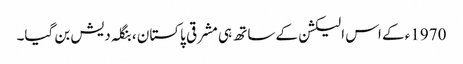
1970ء کے اس الیکشن کے ساتھ ہی مشرقی پاکستان ، بنگلہ دیش بن گیا۔